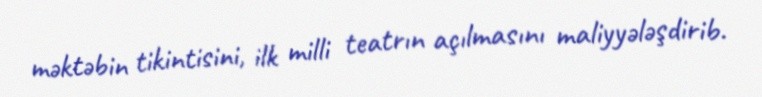
məktəbin tikintisini, ilk milli teatrın açılmasını maliyyələşdirib.